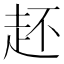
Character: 䞜